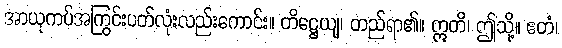
အာယုကပ်အကြွင်းပတ်လုံးလည်းကောင်း။ တိဋ္ဌေယျ၊ တည်ရာ၏။ ဣတိ၊ ဤသို့။ ဧတံ၊